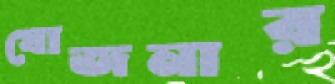
যোজনার